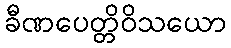
ခီဏပေတ္တိဝိသယော